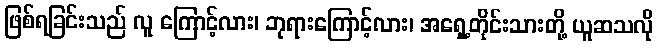
ဖြစ်ရခြင်းသည် လူ ကြောင့်လား၊ ဘုရားကြောင့်လား၊ အရှေ့တိုင်းသားတို့ ယူဆသလို